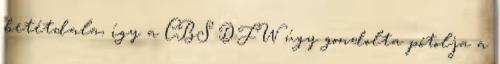
betétdala, így a CBS DFW úgy gondolta pótolja a